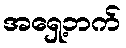
အရှေ့ဘက်